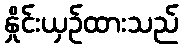
နှိုင်းယှဉ်ထားသည်